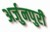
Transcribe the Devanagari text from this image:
अर्जुनपुरी